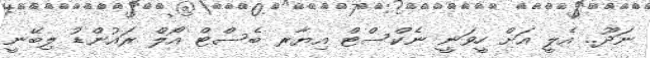
ނަދޫ.. އެލީ އަށް ހީވަނީ ނެކްސްޓް އިޔާރ ބެސްޓް އޯލް ރައުންޑު ލިބޭނީ